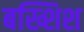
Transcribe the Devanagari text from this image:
बख्शिश